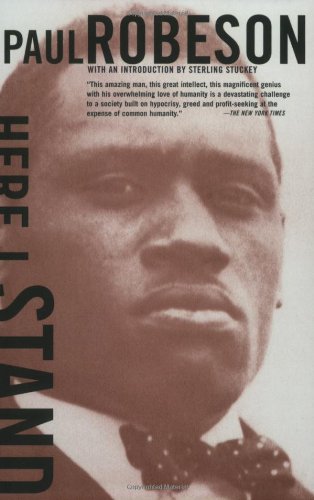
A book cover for Here I Stand; Paul Robeson; Biographies & Memoirs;